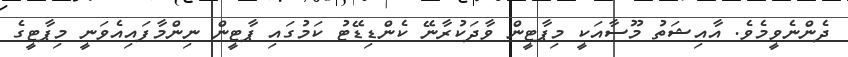
ދެންނެވީމެވެ. އާއިޝަތު މޫސާއަކީ މިޕާޓީން ވާދަކުރާނޭ ކެންޑިޑޭޓު ކަމުގައި ޕާޓީން ނިންމާފައިއެވަނީ މިޕާޓީގެ